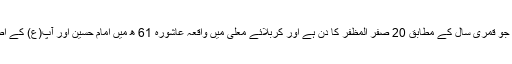
[6] اس کو اربعین حسینی کہا جاتا ہے جو قمری سال کے مطابق 20 صفر المظفر کا دن ہے اور کربلائے معلی میں واقعہ عاشورہ 61 ھ میں امام حسین اور آپ(ع) کے اصحاب کی شہادت کا چالیسواں دن ہے۔